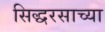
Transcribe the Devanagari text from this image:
सिद्धरसाच्या